Lunatic asylums Punjab 1895-1910 - 1895-1910
Year: 1895
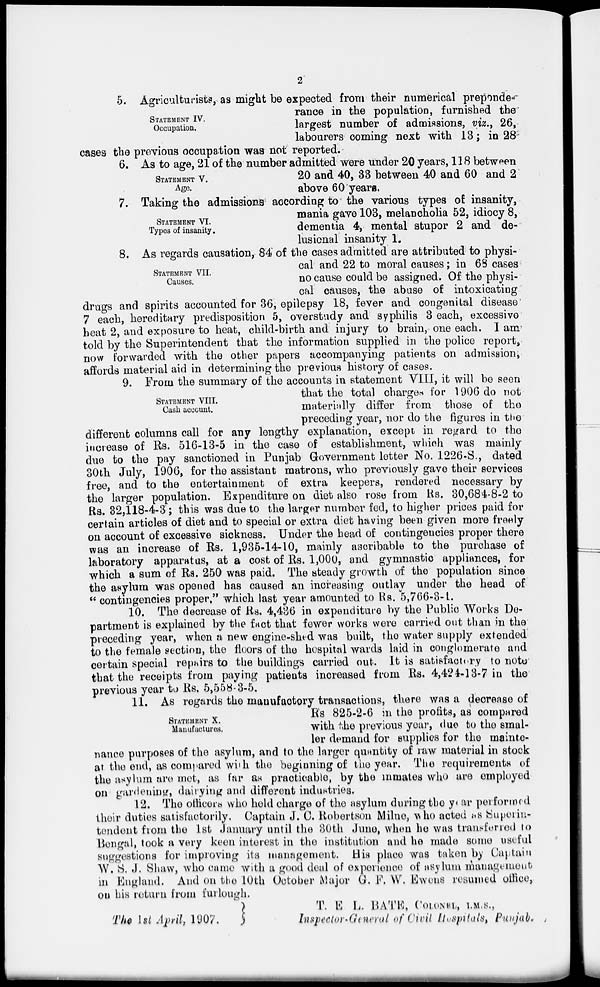
2
STATEMENT IV.
Occupation.
5. Agriculturists , as might be expected from their numerical preponde-
rance in the population, furnished the
largest number of admissions, viz., 26,
labourers coming next with 13; in 28
cases the previous occupation was not reported.
STATEMENT V.
Age.
6. As to age, 21 of the number admitted were under 20 years, 118 between
20 and 40, 33 between 40 and 60 and 2
above 60 years.
STATEMENT VI.
Types of insanity.
7. Taking the admissions according to the various types of insanity,
mania gave 103, melancholia 52, idiocy 8,
dementia 4, mental stupor 2 and de-
lusional insanity 1.
STATEMENT VII.
Causes.
8. As regards causation, 84 of the cases admitted are attributed to physi-
cal and 22 to moral causes; in 68 cases
no cause could be assigned. Of the physi-
cal causes, the abuse of intoxicating
drugs and spirits accounted for 36, epilepsy 18, fever and congenital disease
7 each, hereditary predisposition 5, overstudy and syphilis 3 each, excessive
heat 2, and exposure to heat, child-birth and injury to brain, one each. I am
told by the Superintendent that the information supplied in the police report,
now forwarded with the other papers accompanying patients on admission,
affords material aid in determining the previous history of cases.
STATEMENT VIII.
Cash account.
9. From the summary of the accounts in statement VIII, it will be seen
that the total charges for 1906 do not
materially differ from those of the
preceding year, nor do the figures in the
different columns call for any lengthy explanation, except in regard to the
increase of Rs. 516-13-5 in the case of establishment, which was mainly
due to the pay sanctioned in Punjab Government letter No. 1226-S., dated
30th July, 1906, for the assistant matrons, who previously gave their services
free, and to the entertainment of extra keepers, rendered necessary by
the larger population. Expenditure on diet also rose from Rs. 30,684-8-2 to
Rs. 32,118-4-3 ; this was due to the larger number fed, to higher prices paid for
certain articles of diet and to special or extra diet having been given more freely
on account of excessive sickness. Under the head of contingencies proper there
was an increase of Rs. 1,935-14-10, mainly ascribable to the purchase of
laboratory apparatus, at a cost of Rs. 1,000, and gymnastic appliances, for
which a sum of Rs. 250 was paid. The steady growth of the population since
the asylum was opened has caused an increasing outlay under the head of
" contingencies proper," which last year amounted to Rs. 5,766-3-1
10. The decrease of Rs. 4,436 in expenditure by the Public Works De-
partment is explained by the fact that fewer works were carried out than in the
preceding year, when a new engine-shed was built, the water supply extended
to the female section, the floors of the hospital wards laid in conglomerate and
certain special repairs to the buildings carried out. It is satisfactory to note
that the receipts from paying patients increased from Rs. 4,424-13-7 in the
previous year to Rs. 5,558-3-5.
STATEMENT X.
Manufactures.
11. As regards the manufactory transactions, there was a decrease of
Rs 825-2-6 in the profits, as compared
with the previous year, due to the smal-
ler demand for supplies for the mainte-
nance purposes of the asylum, and to the larger quantity of raw material in stock
at the end, as compared with the beginning of the year. The requirements of
the asylum are met, as far as practicable, by the inmates who are employed
on gardening, dairying and different industries.
12. The officers who hold charge of the asylum during the year performed
their duties satisfactorily. Captain J. C. Robertson Milne, who acted as Superin-
tendent from the 1st January until the 30th June, when he was transferred to
Bengal, took a very keen interest in the institution and he made some useful
suggestions for improving its management. His place was taken by Captain
W. S. J. Shaw, who came with a good deal of experience of asylum management
in England. And on the 10th October Major G. F. W. Ewens resumed office,
on his return from furlough.
The 1st April, 1907.
T. E L. BATE, COLONEL, I.M.S.,
Inspector-General of Civil Hospitals, Punjab.